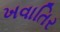
ખવાતિર